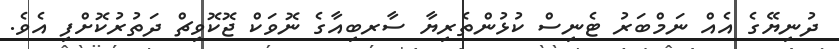
ދުނިޔޭގެ އެއް ނަމްބަރު ޓެނިސް ކުޅުންތެރިޔާ ސާރބިއާގެ ނޮވަކް ޖޮކޮވިޗް ދަތުރުކޮށްފި އެވެ.